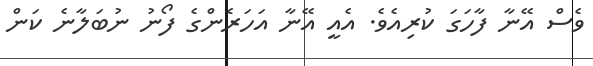
ވެސް އޭނާ ފާހަގަ ކުރިއެވެ. އެއީ އޭނާ އަހަރެންގެ ފޯނު ނުބަލާނެ ކަން